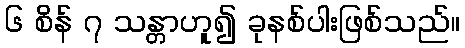
၆ စိန် ၇ သန္တာဟူ၍ ခုနစ်ပါးဖြစ်သည်။